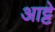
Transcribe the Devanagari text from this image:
आट्टे